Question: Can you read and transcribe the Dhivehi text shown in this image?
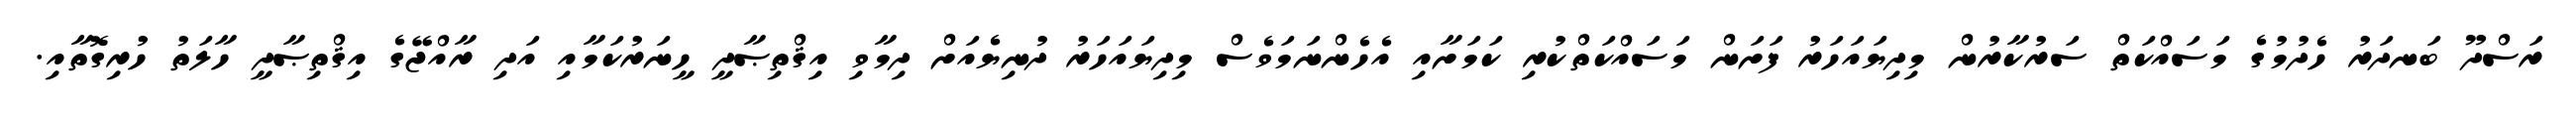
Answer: ރަސްދޫ ބަނދަރު ހެދުމުގެ މަސައްކަތް ސަރުކާރުން މިދިޔައަހަރު ފަށަން މަސައްކަތްކުރި ކަމަށާއި އެހެންނަމަވެސް މިދިޔައަހަރު ދުނިޔެއަށް ދިމާވި އިޤްތިޞާދީ ހީނަރުކަމާއި އަދި ރާއްޖޭގެ އިޤްތިޞާދީ ހާލަތު ހުރިގޮތާއި.